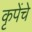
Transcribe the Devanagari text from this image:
कृपेंचे